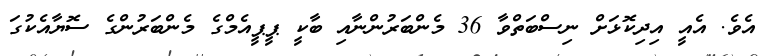
އެވެ. އެއީ އިދިކޮޅަށް ނިސްބަތްވާ 36 މެންބަރުންނާއި ބާކީ ޕީޕީއެމްގެ މެންބަރުންގެ ސޮޔާއެކުގަ